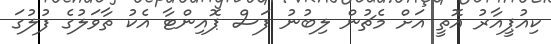
ކިއުޕީއާރު އޮތީ އަށް މެޗުން ލިބުނު ފަސް ޕޮއިންޓާ އެކު ތާވަލުގެ ފުލުގަ